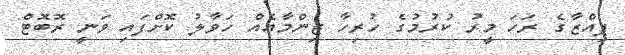
ޕިއްޒާގެ ރަހަ މީރު ކުރުމުގެ ހުރިހާ ޒިންމާއެއް ހަވާލު ކޮށްފައި ވަނީ ރޮބޮޓް